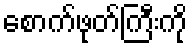
စောက်ဖုတ်ကြီးကို